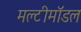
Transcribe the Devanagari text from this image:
मल्टीमॉडल